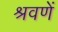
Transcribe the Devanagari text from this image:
श्रवणें